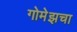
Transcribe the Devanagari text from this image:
गोमेझचा